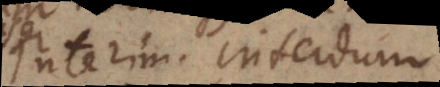
Interim. Interdum.